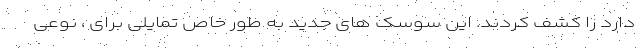
دارد را کشف کردند. این سوسک های جدید به طور خاص تمایلی برای ، نوعی